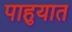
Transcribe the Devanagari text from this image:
पाहुयात